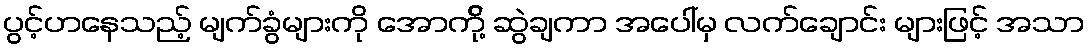
ပွင့်ဟနေသည့် မျက်ခွံများကို အောက်ို့ ဆွဲချကာ အပေါ်မှ လက်ချောင်း များဖြင့် အသာ